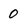
Character: 0